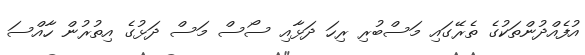
އުފެއްދުންތަކުގެ ތެރޭގައި މަސްބުރި ރިހަ ދަޅާއި ސޯސް މަސް ދަޅުގެ އިތުރުން ހާއްސަ